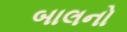
બાલનો